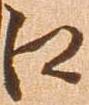
え